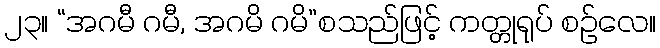
၂၃။ “အဂမီ ဂမီ, အဂမိ ဂမိ”စသည်ဖြင့် ကတ္တုရုပ် စဉ်လေ။